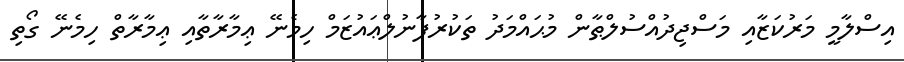
އިސްލާމީ މަރުކަޒާއި މަސްޖިދުއްސުލްޠާން މުޙައްމަދު ތަކުރުފާނުލްޢައުޒަމް ހިމެނޭ ޢިމާރާތާއި ޢިމާރާތް ހިމެނޭ ގޯތި